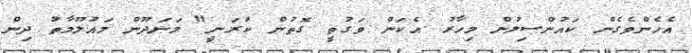
އެހެންވެގެން ކައުންސިލުން މިހާރު އެކަން ވަގުތީ ގޮތުން ކުރަނީ" މަނަދޫން މައުލޫމާތު ދިން